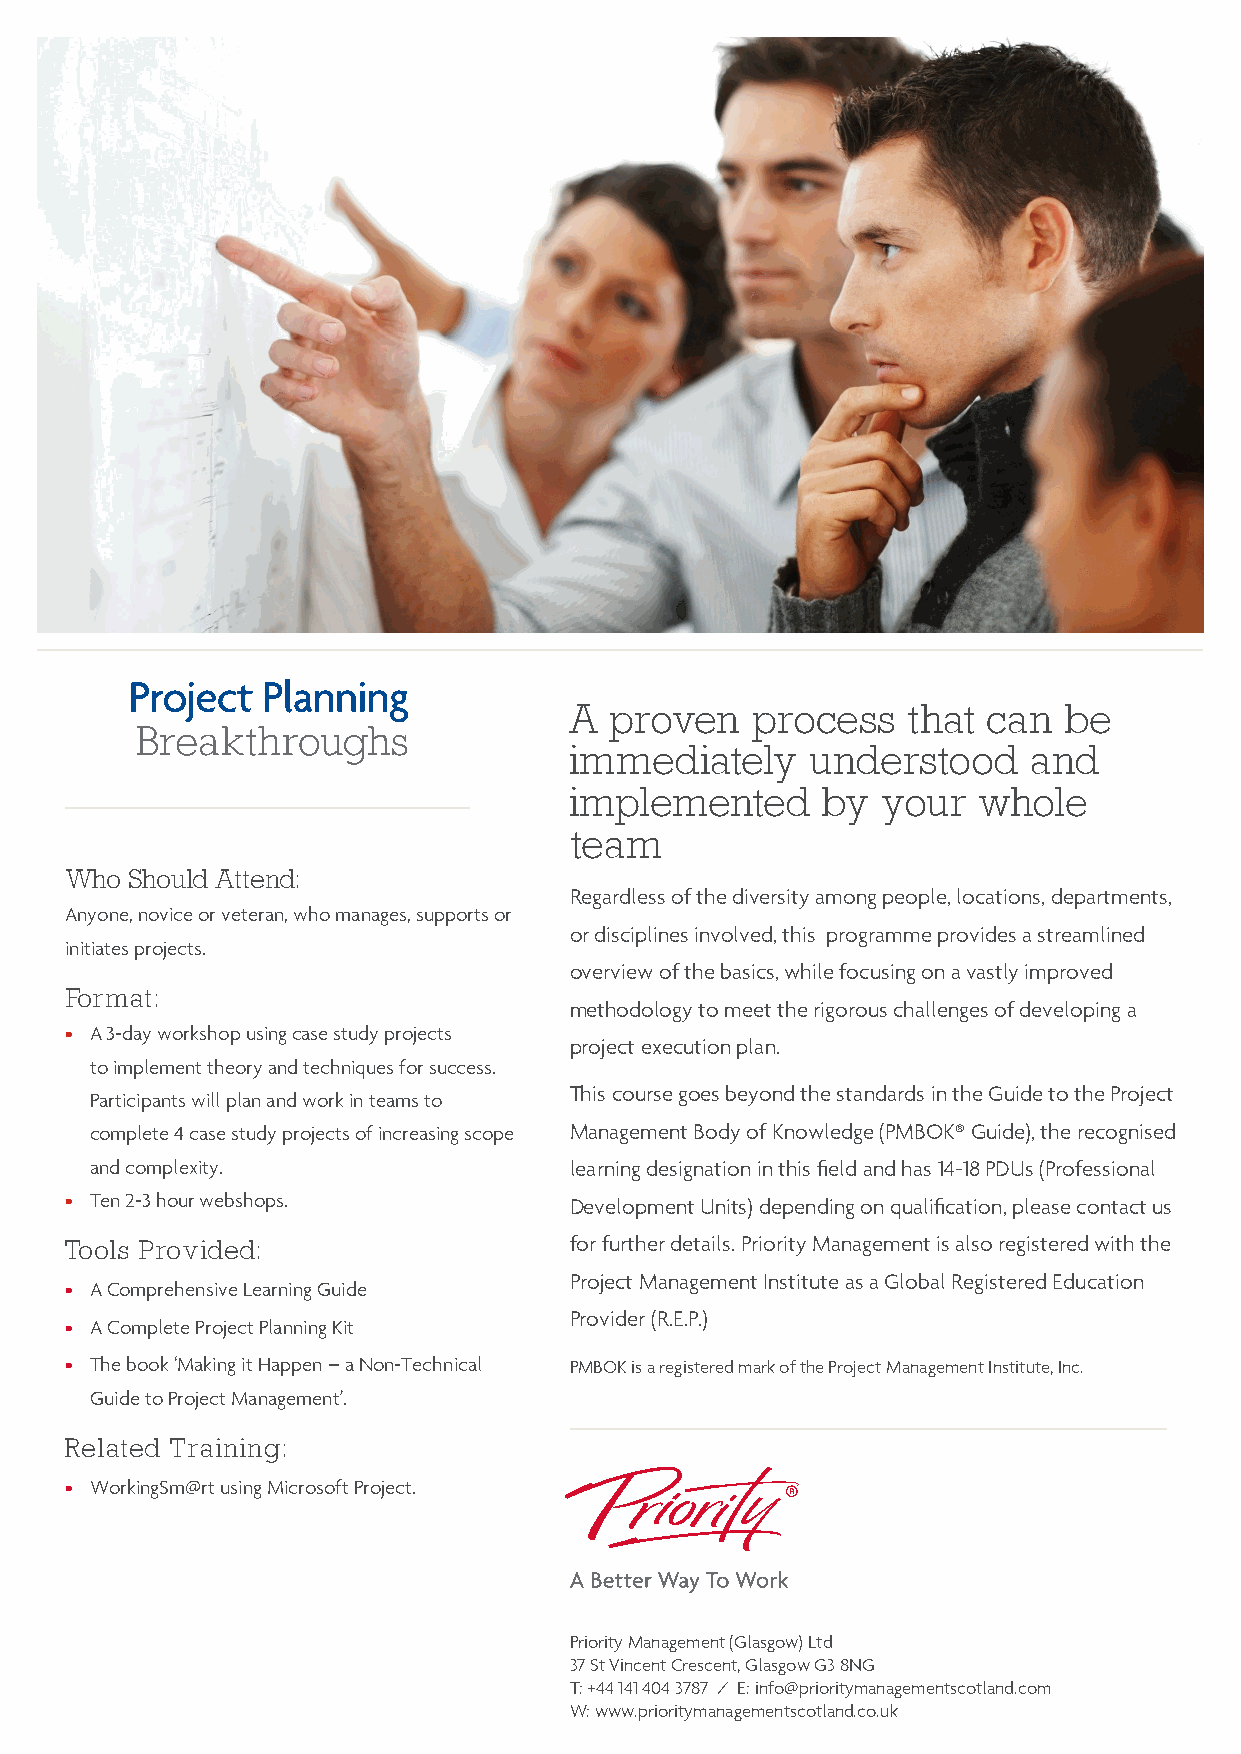
A proven    process   that can  be
 immediately     understood    and
 implemented     by  your   whole
 team
 Who  Should Attend:
 Regardless of the diversity among people, locations, departments,
 Anyone, novice or veteran, who manages, supports or
 or disciplines involved, this programme provides a streamlined
 initiates projects.
 overview of the basics, while focusing on a vastly improved
 Format:
 methodology to meet the rigorous challenges of developing a
 • A 3-day workshop using case study projects
 project execution plan.
 to implement theory and techniques for success.
 This course goes beyond the standards in the Guide to the Project
 Participants will plan and work in teams to
 complete 4 case study projects of increasing scope Management Body of Knowledge (PMBOK® Guide), the recognised
 and complexity.                 learning designation in this field and has 14-18 PDUs (Professional
 • Ten 2-3 hour webshops.          Development Units) depending on qualification, please contact us
 Tools Provided:                   for further details. Priority Management is also registered with the
 Project Management Institute as a Global Registered Education
 • A Comprehensive Learning Guide
 Provider (R.E.P.)
 • A Complete Project Planning Kit
 • The book ‘Making it Happen – a Non-Technical PMBOK is a registered mark of the Project Management Institute, Inc.
 Guide to Project Management’.
 Related Training:
 • WorkingSm@rt using Microsoft Project.
 Priority Management (Glasgow) Ltd
 37 St Vincent Crescent, Glasgow G3 8NG
 T: +44 141 404 3787 / E: info@prioritymanagementscotland.com
 W: www.prioritymanagementscotland.co.uk